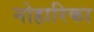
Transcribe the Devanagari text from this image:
नोहारिका